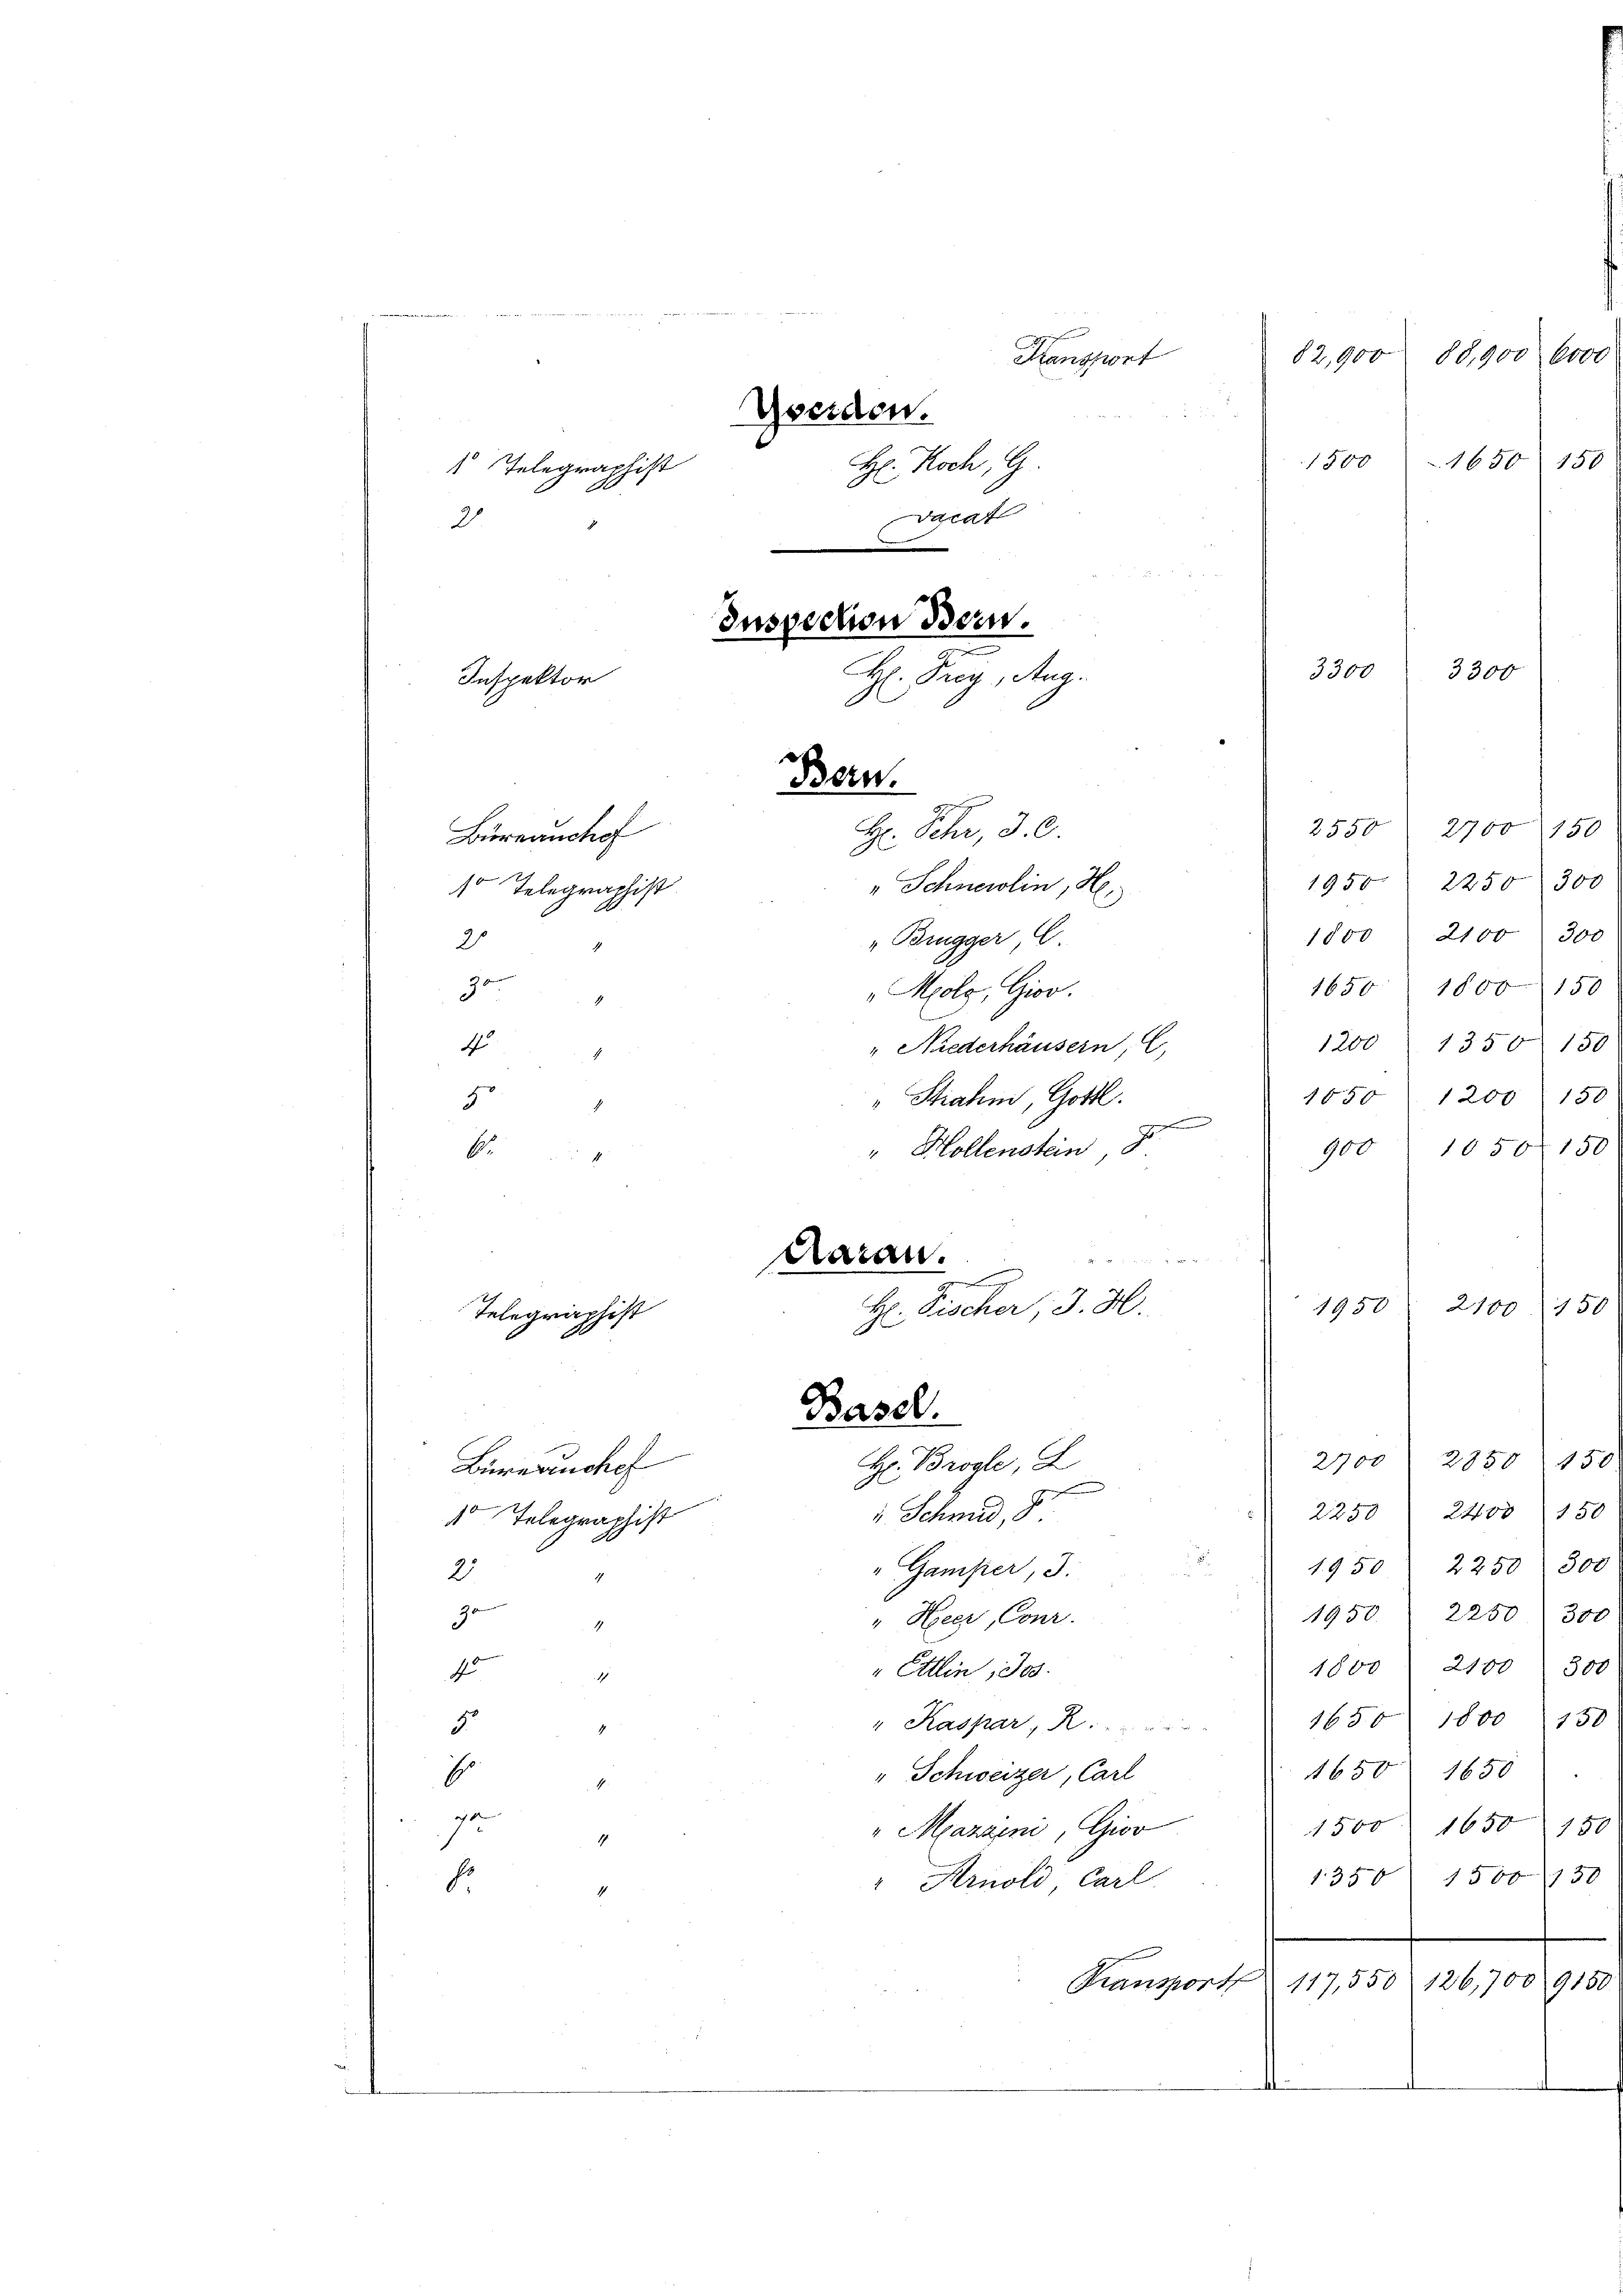
Büreanchof

Hansport
Werden.
H. Koch, G
 Telegraphist
Vaca
2
Inspection Bern.
H: Frey, Aus
Inspektor

Bern.
Hr. Fehr 30.

Basel.

i

" Schneidlin, He
1o Telegraphist
1
"Bugger E
1
3
0 f
1
"Molo, Giov
c
4
" Niederhäusern
16
Strahm, Gottl
g.
1
" Hollenstein
b

daran.
e
H. Fischer, J. H
Telegraphist

15.
H: Brode,
Bureauchef
2
" Schmid, 8
do Telegraphist
1. G
" Stamper, 3.
2
4
90
19
" Heer, Conr.
1
1
" Ettin, Jos.
300
15
1
16
" Kaspar K.
5
4
t
6.
" Schweizer, Carl
4.
.
"Mazzen, Giov
7
1
" Arnold, Carl
b.
.
Transport 117,0